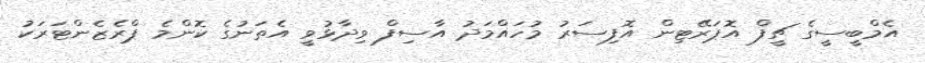
އެމްބީސީގެ ޗީފް އޮޕަރޭޓިން އޮފިސަރު މުހައްމަދު އާސިފް ވިދާޅުވީ އެތަނުގެ ކޮންމެ ޕްރެޒެންޓަރަކު